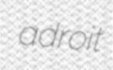
adroit